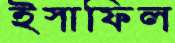
ইস্রাফিল